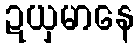
ဍယှမာနေ